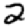
Digit: 2